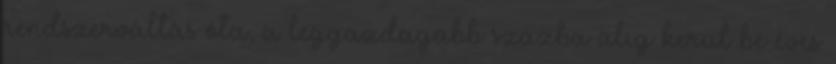
rendszerváltás óta, a leggazdagabb százba alig kerül be éves